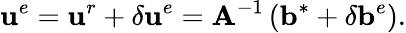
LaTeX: \mathbf{u}^{e}=\mathbf{u}^{r}+\delta\mathbf{u}^{e}=\mathbf{A}^{-1}\left(\mathbf{b}^{*}+\delta\mathbf{b}^{e}\right).